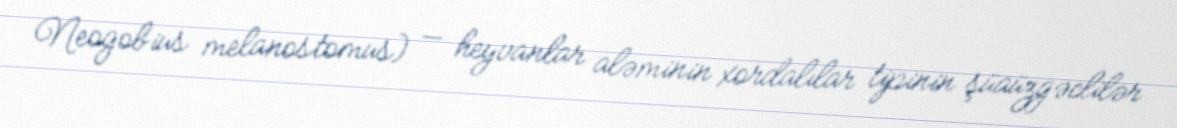
Neogobius melanostomus) — heyvanlar aləminin xordalılar tipinin şüaüzgəclilər